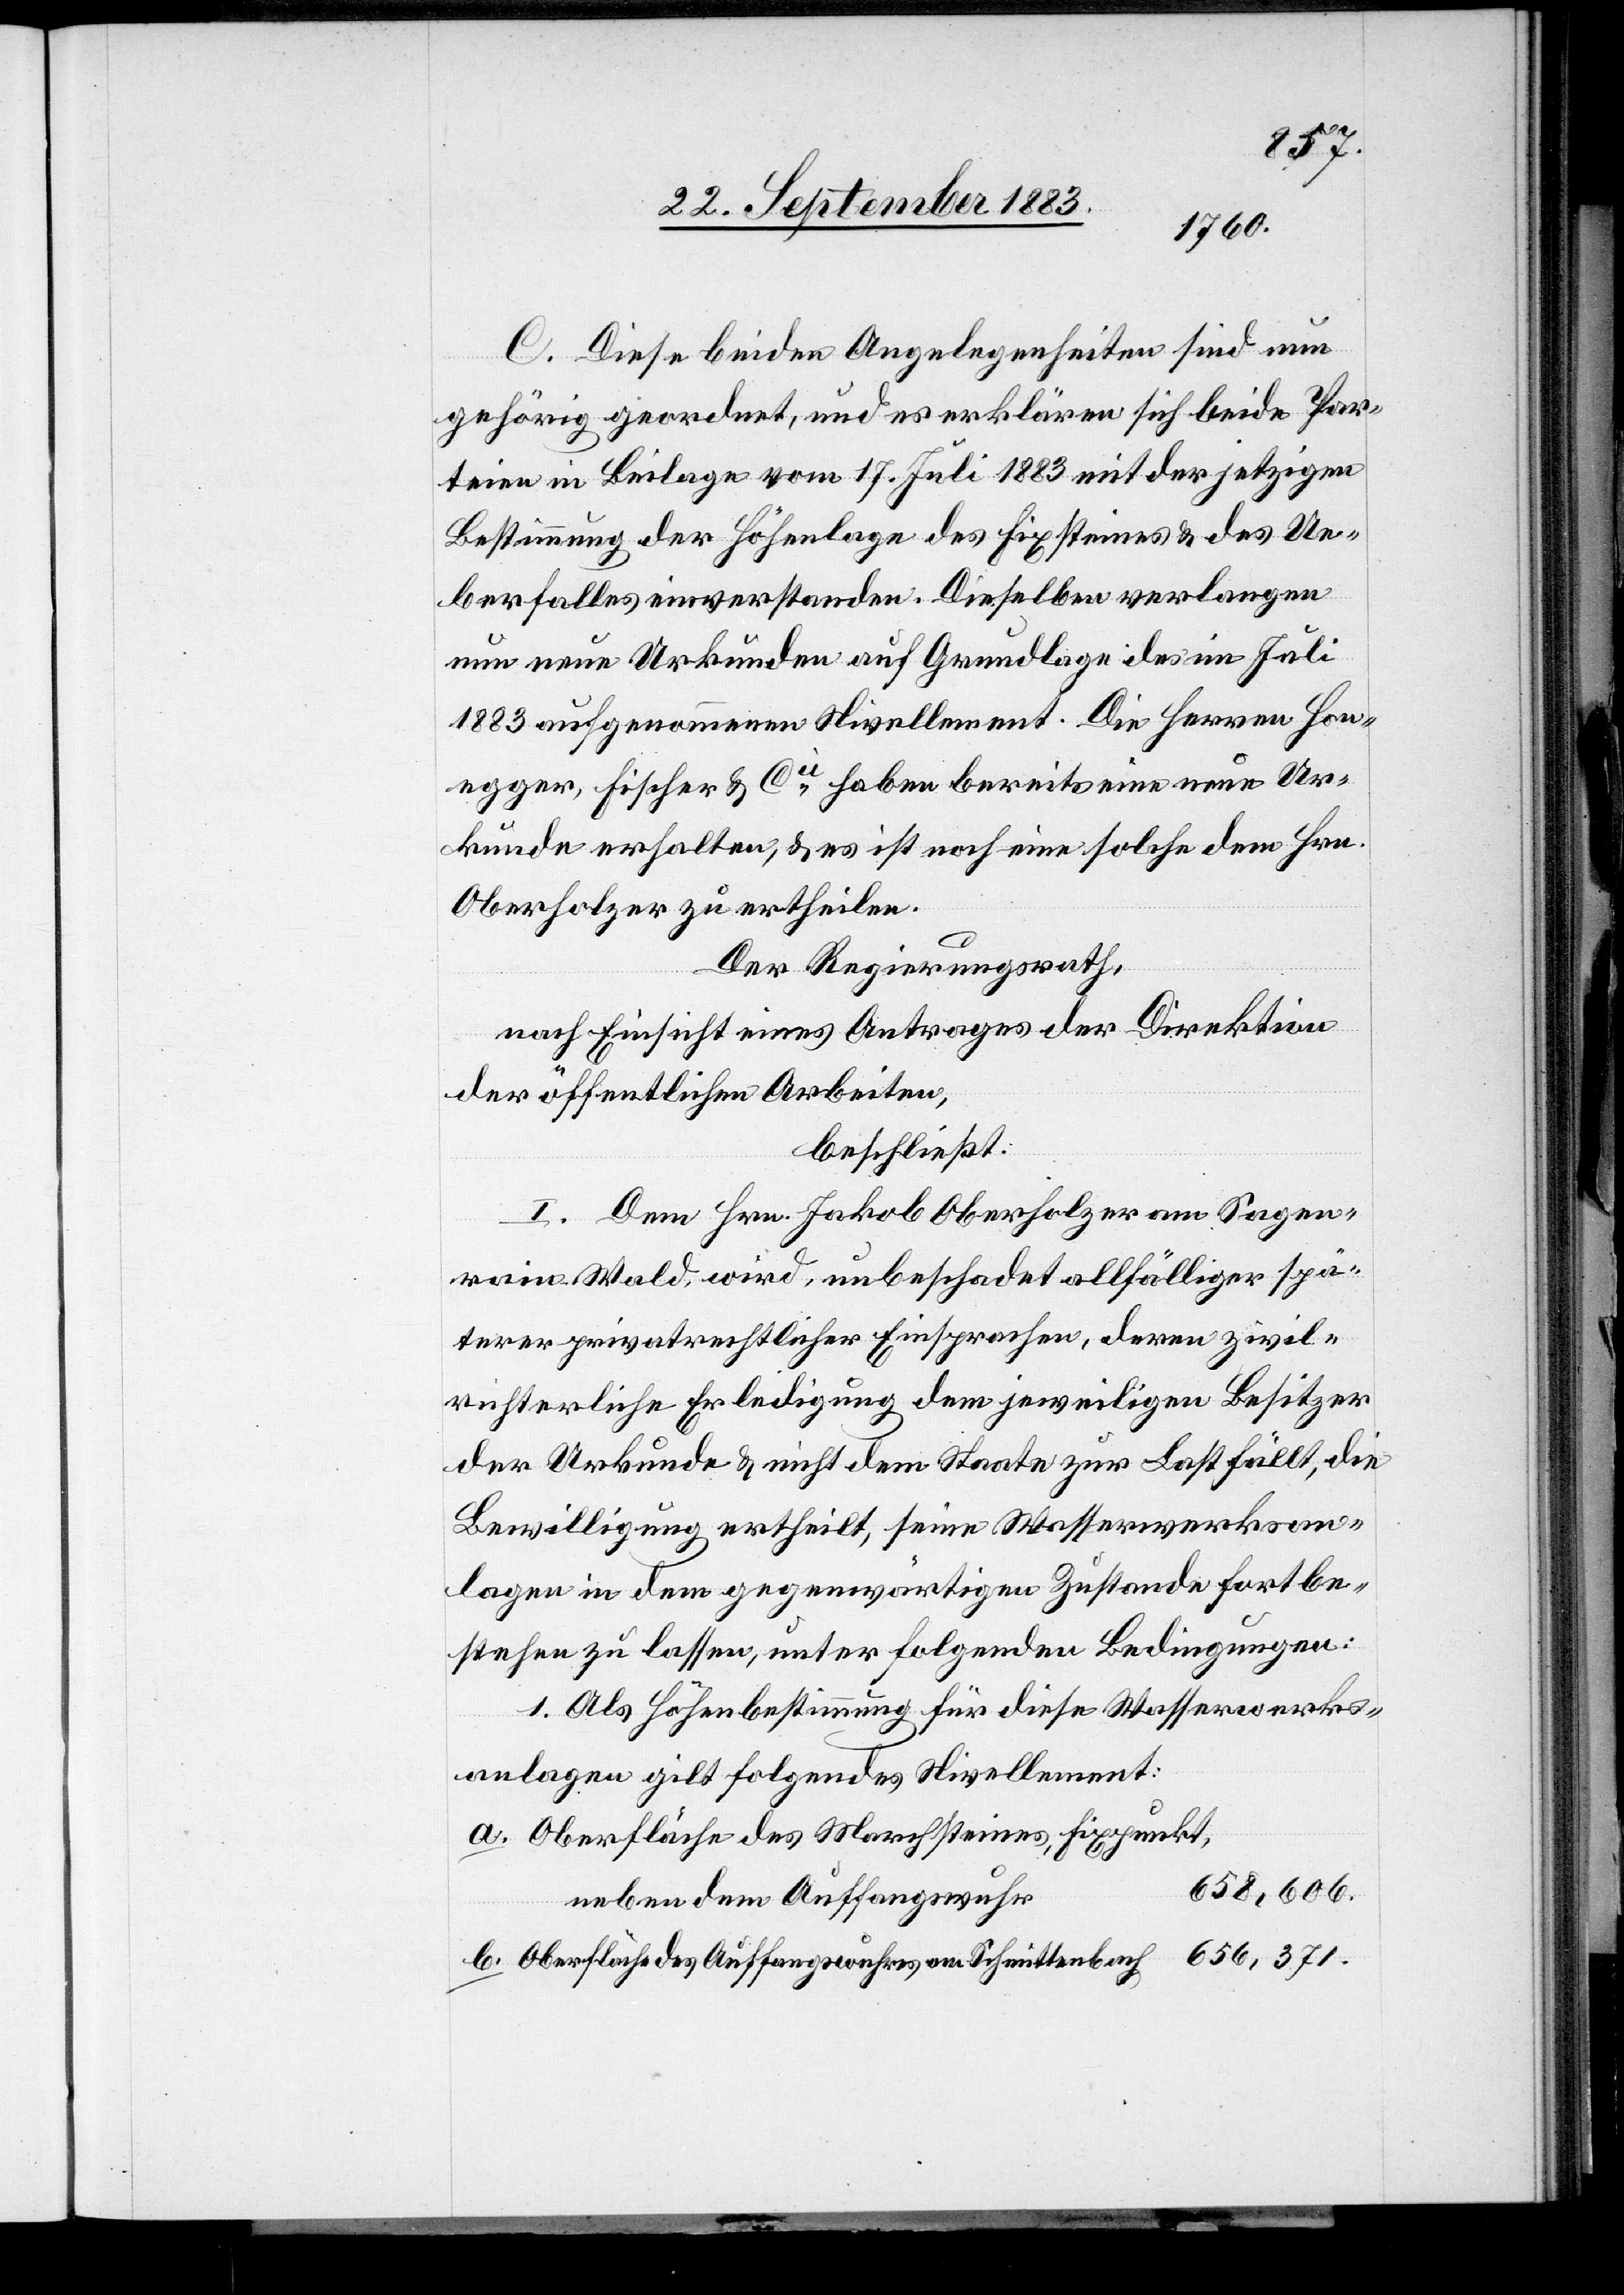
C. Diese beiden Angelegenheiten sind nun
gehörig geordnet, und es erklären sich beide Par¬
teien in Beilage vom 17. Juli 1883 mit der jetzigen
Bestimmung der Höhenlage des Fixsteines & des Ue¬
berfalles einverstanden. Dieselben verlangen
nun neue Urkunden auf Grundlage des im Juli
1883 aufgenommenen Nivellement[s]. Die Herren Hon¬
egger, Fischer & Cie haben bereits eine neue Ur¬
kunde erhalten, & es ist noch eine solche dem Hrn.
Oberholzer zu ertheilen.
b.
Der Regierungsrath,
nach Einsicht eines Antrages der Direktion
der öffentlichen Arbeiten,
beschließt:
I. Dem Hrn. Jakob Oberholzer am Sagen¬
rain - Wald, wird, unbeschadet allfälliger spä¬
terer privatrechtlicher Einsprachen, deren zivil¬
richterliche Erledigung dem jeweiligen Besitzer
der Urkunde & nicht dem Staate zur Last fällt, die
Bewilligung ertheilt, seine Wasserwerksan¬
lagen in dem gegenwärtigen Zustande fortbe¬
stehen zu lassen, unter folgenden Bedingungen:
1. Als Höhenbestimmung für diese Wasserwerks¬
anlage gilt folgendes Nivellement:
Oberfläche des Marchsteines, Fixpunkt,
658,606.
neben dem Auffangswuhr
656,371.
Oberfläche des Auffangswuhres am Schmittenbach